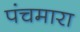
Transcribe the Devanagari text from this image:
पंचमारा